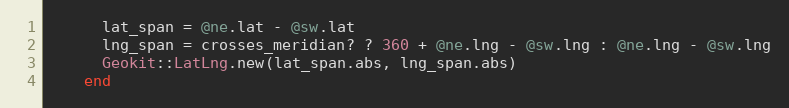
Language: Ruby
      lat_span = @ne.lat - @sw.lat
      lng_span = crosses_meridian? ? 360 + @ne.lng - @sw.lng : @ne.lng - @sw.lng
      Geokit::LatLng.new(lat_span.abs, lng_span.abs)
    end